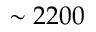
\sim 2 2 0 0